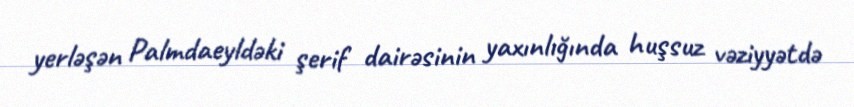
yerləşən Palmdaeyldəki şerif dairəsinin yaxınlığında huşsuz vəziyyətdə